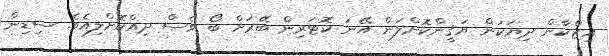
އިޒްކާން ދިޔަކަން ޔަޤީންކޮށްލަން އޭނަ ކޮޓަރިން ބޭރަށް ބޯ ވެސް ދިއްކޮށްލިއެވެ. ސިޑިން